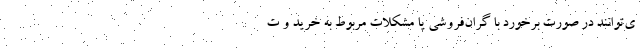
ی‌توانند در صورت برخورد با گران‌فروشی یا مشکلات مربوط به خرید و ت